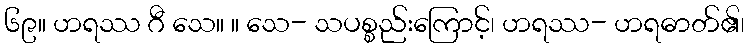
၆၉။ ဟရဿ ဂီ သေ။ ။ သေ- သပစ္စည်းကြောင့်၊ ဟရဿ- ဟရဓာတ်၏၊